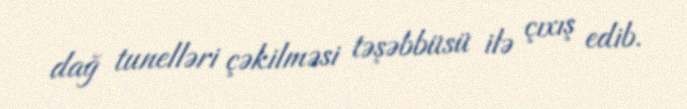
dağ tunelləri çəkilməsi təşəbbüsü ilə çıxış edib.